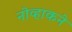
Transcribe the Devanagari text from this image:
नोव्हाकने